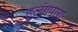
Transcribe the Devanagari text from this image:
हूलुंगपारा